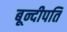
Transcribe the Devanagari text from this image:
बून्दीपति